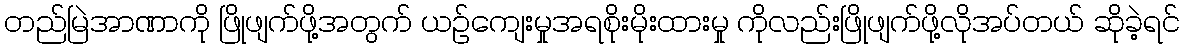
တည်မြဲအာဏာကို ဖြိုဖျက်ဖို့အတွက် ယဉ်ကျေးမှုအရစိုးမိုးထားမှု ကိုလည်းဖြိုဖျက်ဖို့လိုအပ်တယ် ဆိုခဲ့ရင်